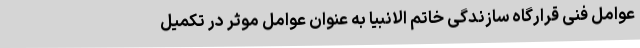
عوامل فنی قرارگاه سازندگی خاتم الانبیا به عنوان عوامل موثر در تکمیل